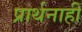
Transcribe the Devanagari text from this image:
प्रार्थनाही